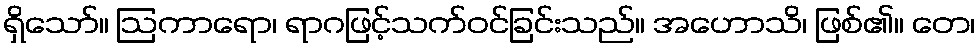
ရှိသော်။ ဩကာရော၊ ရာဂဖြင့်သက်ဝင်ခြင်းသည်။ အဟောသိ၊ ဖြစ်၏။ တေ၊